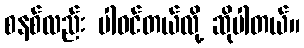
စနစ်လည်း ပါဝင်တယ်လို့ ဆိုပါတယ်။